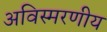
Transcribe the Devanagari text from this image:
अविस्‍मरणीय